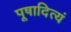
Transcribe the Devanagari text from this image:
पूषादित्यं